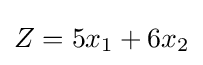
Z=5x_{1}+6x_{2}